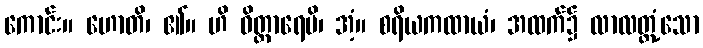
ကောင်း။ ဟောတိ၊ ၏။ ဟိ ဝိတ္တာရေမိ၊ အံ့။ စရိယကထာယံ၊ အထက်၌ လာလတ္တံ့သော